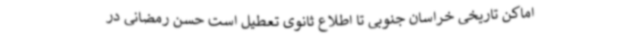
اماکن تاریخی خراسان جنوبی تا اطلاع ثانوی تعطیل است حسن رمضانی در